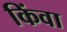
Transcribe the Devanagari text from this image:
किंवा